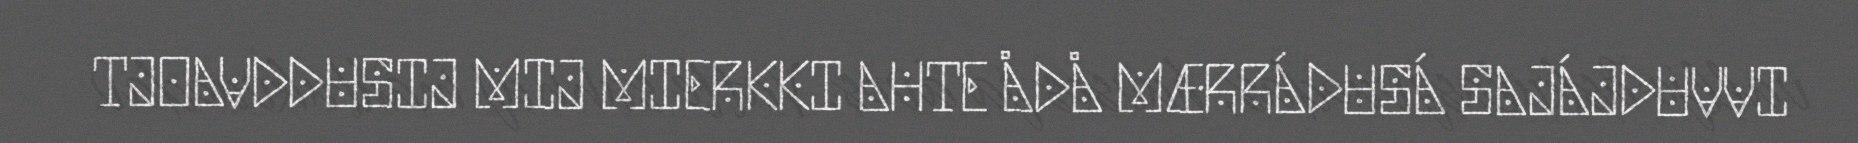
TJOAVDDUSIJ MIJ MIERKKI AHTE ÅDÅ MÆRRÁDUSÁ SAJÁJDUVVI